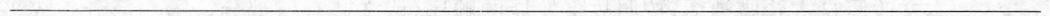
___